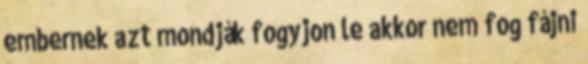
embernek azt mondják fogyjon le akkor nem fog fájni